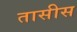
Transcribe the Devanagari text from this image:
तासीस